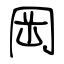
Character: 岡